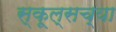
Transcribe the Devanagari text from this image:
स्कूल्सच्या